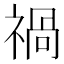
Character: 禍